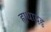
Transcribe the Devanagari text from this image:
ह्यधादहृ